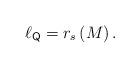
LaTeX: \begin{align*}\ell _{{\sf Q}}=r_s\left( M\right) . \end{align*}